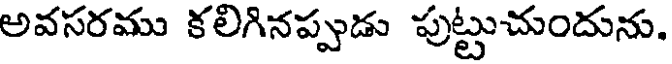
అవసరము కలిగినప్పుడు పుట్టుచుందును,